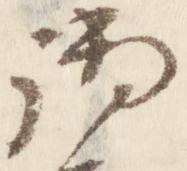
御